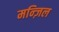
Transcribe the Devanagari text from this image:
मन्ज़िल